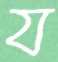
য